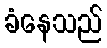
ခံနေသည်